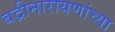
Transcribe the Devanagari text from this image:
बद्रीनारायणांच्या